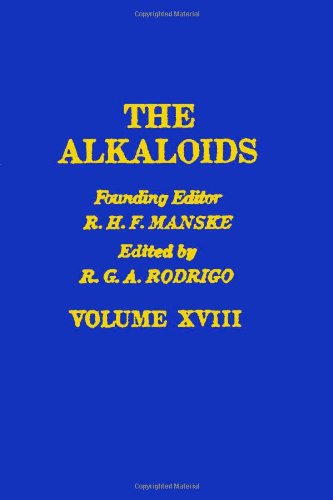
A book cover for The Alkaloids: Chemistry and Physiology  V18, Volume 18; Science & Math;